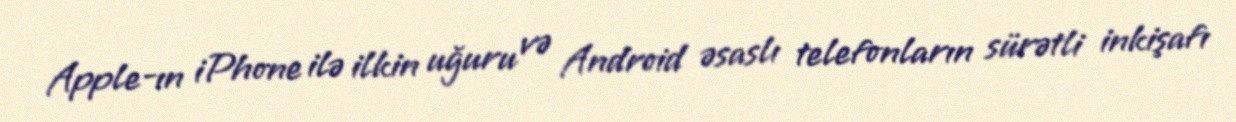
Apple-ın iPhone ilə ilkin uğuru və Android əsaslı telefonların sürətli inkişafı